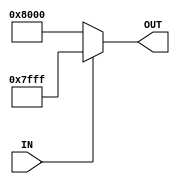
`timescale 1ns / 1ps
//////////////////////////////////////////////////////////////////////////////////
// Company: 
// Engineer: 
// 
// Design Name: 
// Module Name: DDC_1
// Project Name: 
// Target Devices: 
// Tool Versions: 
// Description: 
// 
// Dependencies: 
// 
// Revision:
// Revision 0.01 - File Created
// Additional Comments:
// 
//////////////////////////////////////////////////////////////////////////////////


module DDC_1(
    input wire IN,
    output reg [15:0] OUT
    );
    
    always @(IN) begin
        if(IN == 1'b1)
            OUT <= 16'b0111111111111111;
        else
            OUT <= 16'b1000000000000000;
    end
endmodule